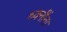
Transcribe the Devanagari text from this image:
ध्वनींना